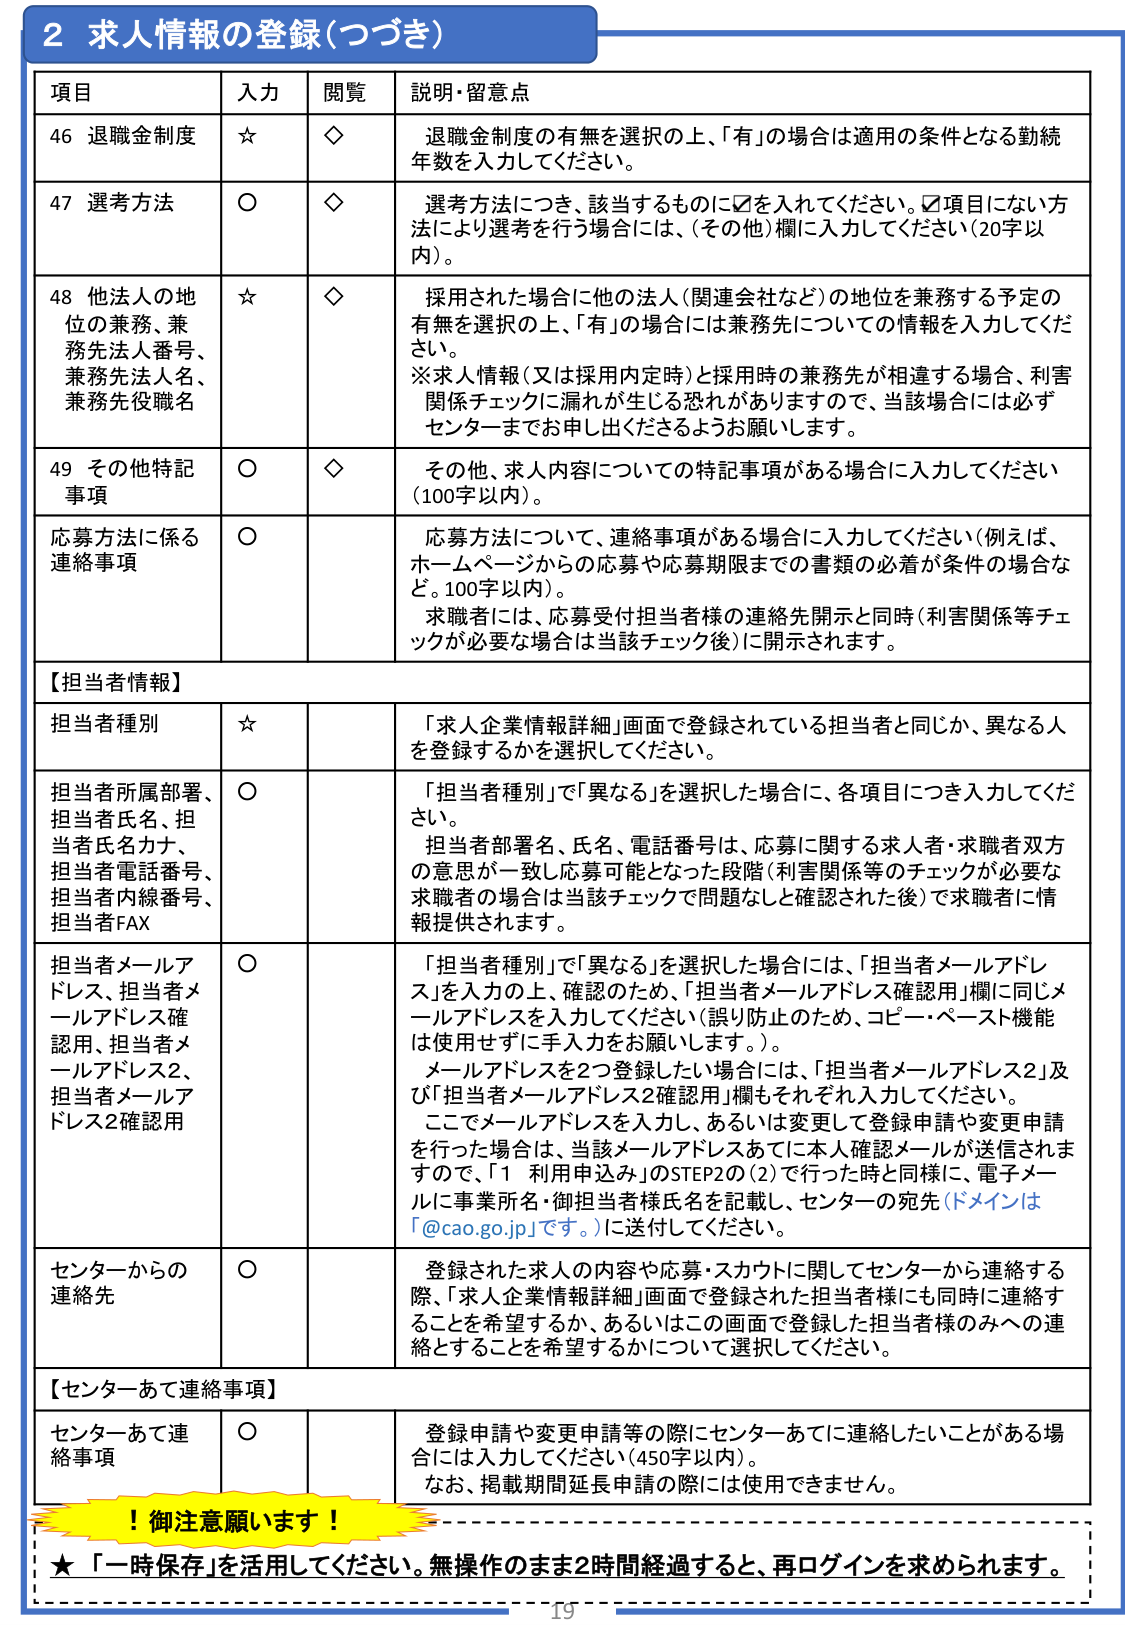
2 求人情報の登録（つづき）

項目 入力 閲覧 説明・留意点

46 退職金制度 ☆ ◇ 退職金制度の有無を選択の上、「有」の場合は適用の条件となる勤続年数を入力してください。

47 選考方法 ○ ◇ 選考方法につき、該当するものに☑を入れてください。☑項目にない方法により選考を行う場合には、（その他）欄に入力してください（20字以内）。

48 他法人の地位の兼務、兼務先法人番号、兼務先法人名、兼務先役職名 ☆ ◇ 採用された場合に他の法人（関連会社など）の地位を兼務する予定の有無を選択の上、「有」の場合には兼務先についての情報を入力してください。
※求人情報（又は採用内定時）と採用時の兼務先が相違する場合、利害関係チェックに漏れが生じる恐れがありますので、当該場合には必ずセンターまでお申し出くださるようお願いします。

49 その他特記事項 ○ ◇ その他、求人内容についての特記事項がある場合に入力してください（100字以内）。

応募方法に係る連絡事項 ○  応募方法について、連絡事項がある場合に入力してください（例えば、ホームページからの応募や応募期限までの書類の必着が条件の場合など。100字以内）。
求職者には、応募受付担当者様の連絡先開示と同時（利害関係等チェックが必要な場合は当該チェック後）に開示されます。

【担当者情報】

担当者種別 ☆  「求人企業情報詳細」画面で登録されている担当者と同じか、異なる人を登録するかを選択してください。

担当者所属部署、担当者氏名、担当者氏名カナ、担当者電話番号、担当者内線番号、担当者FAX ○  「担当者種別」で「異なる」を選択した場合に、各項目につき入力してください。
担当者部署名、氏名、電話番号は、応募に関する求人者・求職者双方の意思が一致し応募可能となった段階（利害関係等のチェックが必要な求職者の場合は当該チェックで問題なしと確認された後）で求職者に情報提供されます。

担当者メールアドレス、担当者メールアドレス確認用、担当者メールアドレス2、担当者メールアドレス2確認用 ○  「担当者種別」で「異なる」を選択した場合には、「担当者メールアドレス」を入力の上、確認のため、「担当者メールアドレス確認用」欄に同じメールアドレスを入力してください（誤り防止のため、コピー・ペースト機能は使用せずに手入力をお願いします。）。
メールアドレスを2つ登録したい場合には、「担当者メールアドレス2」及び「担当者メールアドレス2確認用」欄もそれぞれ入力してください。
ここでメールアドレスを入力し、あるいは変更して登録申請や変更申請を行った場合は、当該メールアドレスあてに本人確認メールが送信されますので、「1 利用申込み」のSTEP2の(2)で行った時と同様に、電子メールに事業所名・御担当者様氏名を記載し、センターの宛先（ドメインは「@cao.go.jp」です。）に送付してください。

センターからの連絡先 ○  登録された求人の内容や応募・スカウトに関してセンターから連絡する際、「求人企業情報詳細」画面で登録された担当者様にも同時に連絡することを希望するか、あるいはこの画面で登録した担当者様のみへの連絡とすることを希望するかについて選択してください。

【センターあて連絡事項】

センターあて連絡事項 ○  登録申請や変更申請等の際にセンターあてに連絡したいことがある場合は入力してください（450字以内）。
なお、掲載期間延長申請の際には使用できません。

！御注意願います！

★「一時保存」を活用してください。無操作のまま2時間経過すると、再ログインを求められます。

19